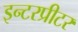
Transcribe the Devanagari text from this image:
इन्टरप्रीटर